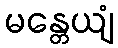
မန္တေယျံ